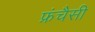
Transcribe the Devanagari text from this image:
फ्रंचैसी